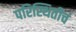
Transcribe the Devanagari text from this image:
परिस्थितीचं